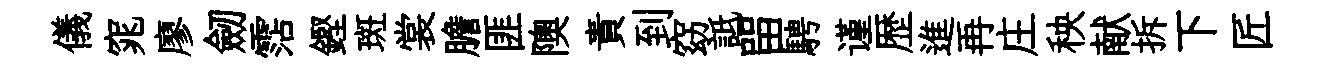
儀窕廖劒霑鏗斑裳膽匪隩責到窈詆㽞騁谨歴進再庄秧献拆下匠